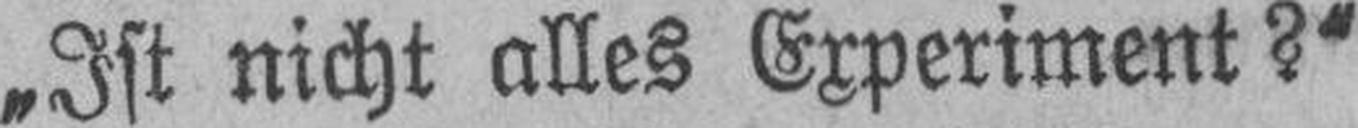
„Ist nicht alles Experiment?“